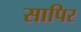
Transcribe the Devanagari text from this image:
सापिर